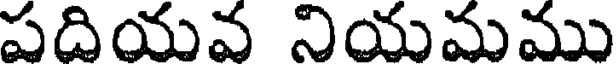
పదియవ నియమము